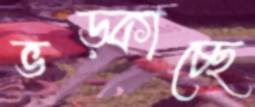
ভড়্‌কাচ্ছে